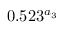
0 . 5 2 3 ^ { a _ { 3 } }